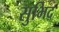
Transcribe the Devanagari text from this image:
सुभिद